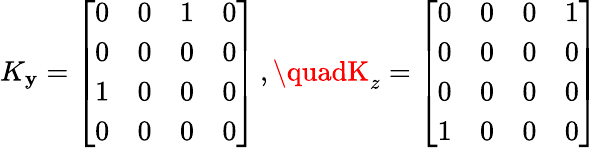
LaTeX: K_{\mathbf{y}}={\left[\begin{array}{llll}{0}&{0}&{1}&{0}\\ {0}&{0}&{0}&{0}\\ {1}&{0}&{0}&{0}\\ {0}&{0}&{0}&{0}\end{array}\right]}\, ,\quadK_{z}={\left[\begin{array}{llll}{0}&{0}&{0}&{1}\\ {0}&{0}&{0}&{0}\\ {0}&{0}&{0}&{0}\\ {1}&{0}&{0}&{0}\end{array}\right]}